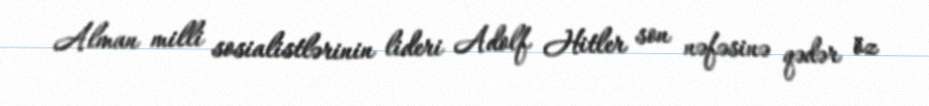
Alman milli sosialistlərinin lideri Adolf Hitler son nəfəsinə qədər öz